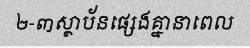
២-៣ស្ថាប័នផ្សេងគ្នានាពេល